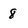
Character: 8